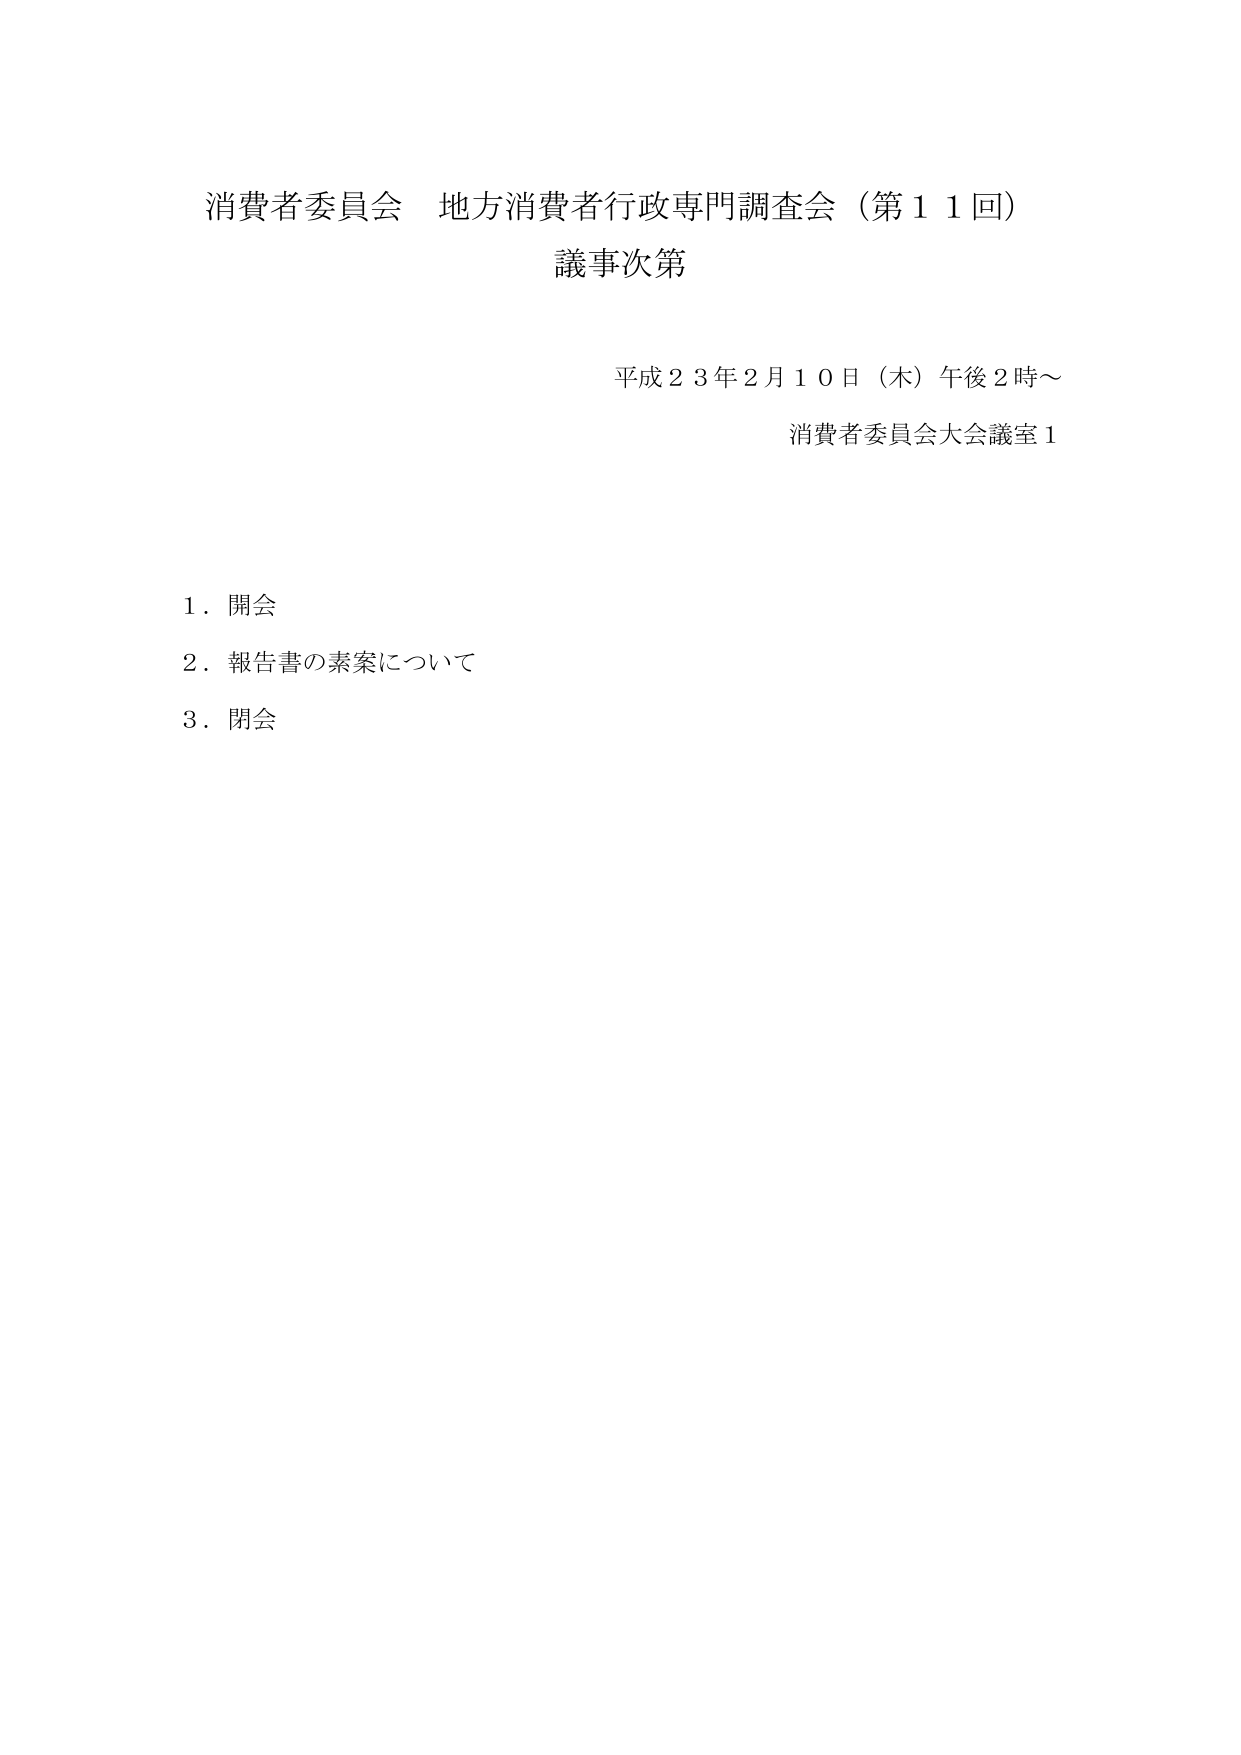
消費者委員会 地方消費者行政専門調査会（第１１回）
議事次第

平成２３年２月１０日（木）午後２時～
消費者委員会大会議室１

１．開会
２．報告書の素案について
３．閉会